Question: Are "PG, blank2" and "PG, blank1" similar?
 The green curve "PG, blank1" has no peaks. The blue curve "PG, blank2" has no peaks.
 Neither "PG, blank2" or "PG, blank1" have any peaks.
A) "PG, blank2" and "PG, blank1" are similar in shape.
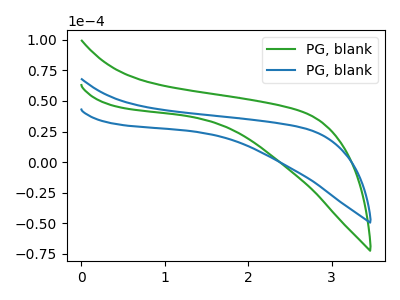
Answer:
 <answer>A) "PG, blank2" and "PG, blank1" are similar in shape.</answer>
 <eval>A</eval>